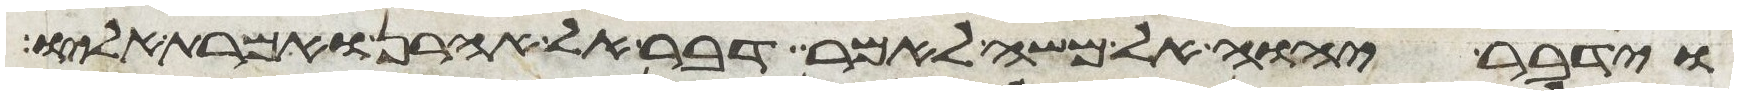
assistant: וידבר יהוה אל משה לאמר דבר אל אהרן ואמרת אליו